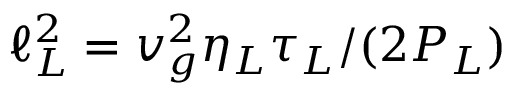
\ell _ { L } ^ { 2 } = v _ { g } ^ { 2 } \eta _ { L } \tau _ { L } / ( 2 P _ { L } )